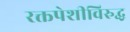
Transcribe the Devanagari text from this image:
रक्तपेशीविरुद्ध